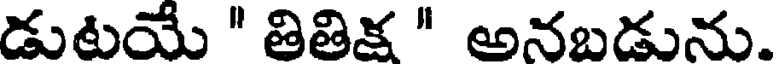
డుటయే " తితిక్ష " అనబడును.